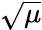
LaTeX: \sqrt{\mu}